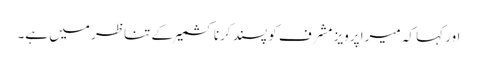
اور کہا کہ میرا پرویز مشرف کو پسند کرنا کشمیر کے تناظر میں ہے۔